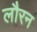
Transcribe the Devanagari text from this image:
लौरन